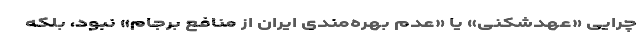
چرایی «عهدشکنی» یا «عدم بهره‌مندی ایران از منافع برجام» نبود، بلکه